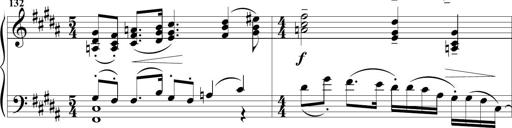
Title: Sonatine MÃ©lancolique
Composer: Julian Raoul Besset